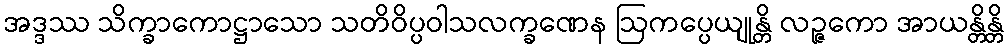
အဒ္ဒဿ သိက္ခာကောဋ္ဌာသော သတိဝိပ္ပဝါသလက္ခဏေန ဩကပ္ပေယျုန္တိ လဉ္ဇကော အာယန္တိန္တိ